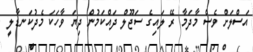
އަސްލަށް ވެސް މާދަމާ ރޭ ލައިގެ ސަޖޫލް ދައްކަމުން ދިޔަ ވާހަކަ މެދުކަނޑާލީ